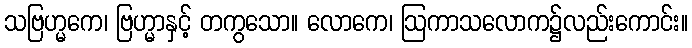
သဗြဟ္မကေ၊ ဗြဟ္မာနှင့် တကွသော။ လောကေ၊ ဩကာသလောက၌လည်းကောင်း။